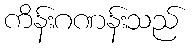
ကိန်းဂဏန်းသည်